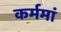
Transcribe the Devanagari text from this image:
कर्ममां